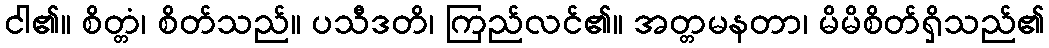
ငါ၏။ စိတ္တံ၊ စိတ်သည်။ ပသီဒတိ၊ ကြည်လင်၏။ အတ္တမနတာ၊ မိမိစိတ်ရှိသည်၏